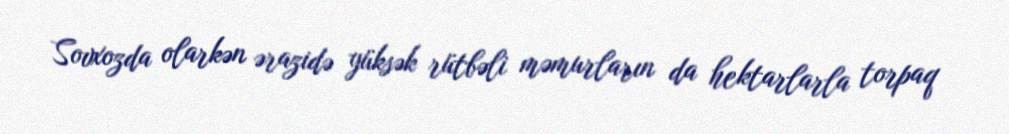
Sovxozda olarkən ərazidə yüksək rütbəli məmurların da hektarlarla torpaq